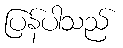
ပြန်ပါသည်